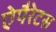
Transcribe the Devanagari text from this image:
ऐपैरेटस